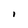
Character: I